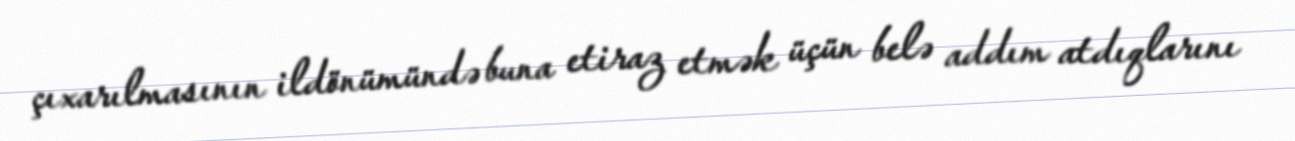
çıxarılmasının ildönümündə buna etiraz etmək üçün belə addım atdıqlarını